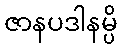
ဇာနပဒါနမ္ပိ